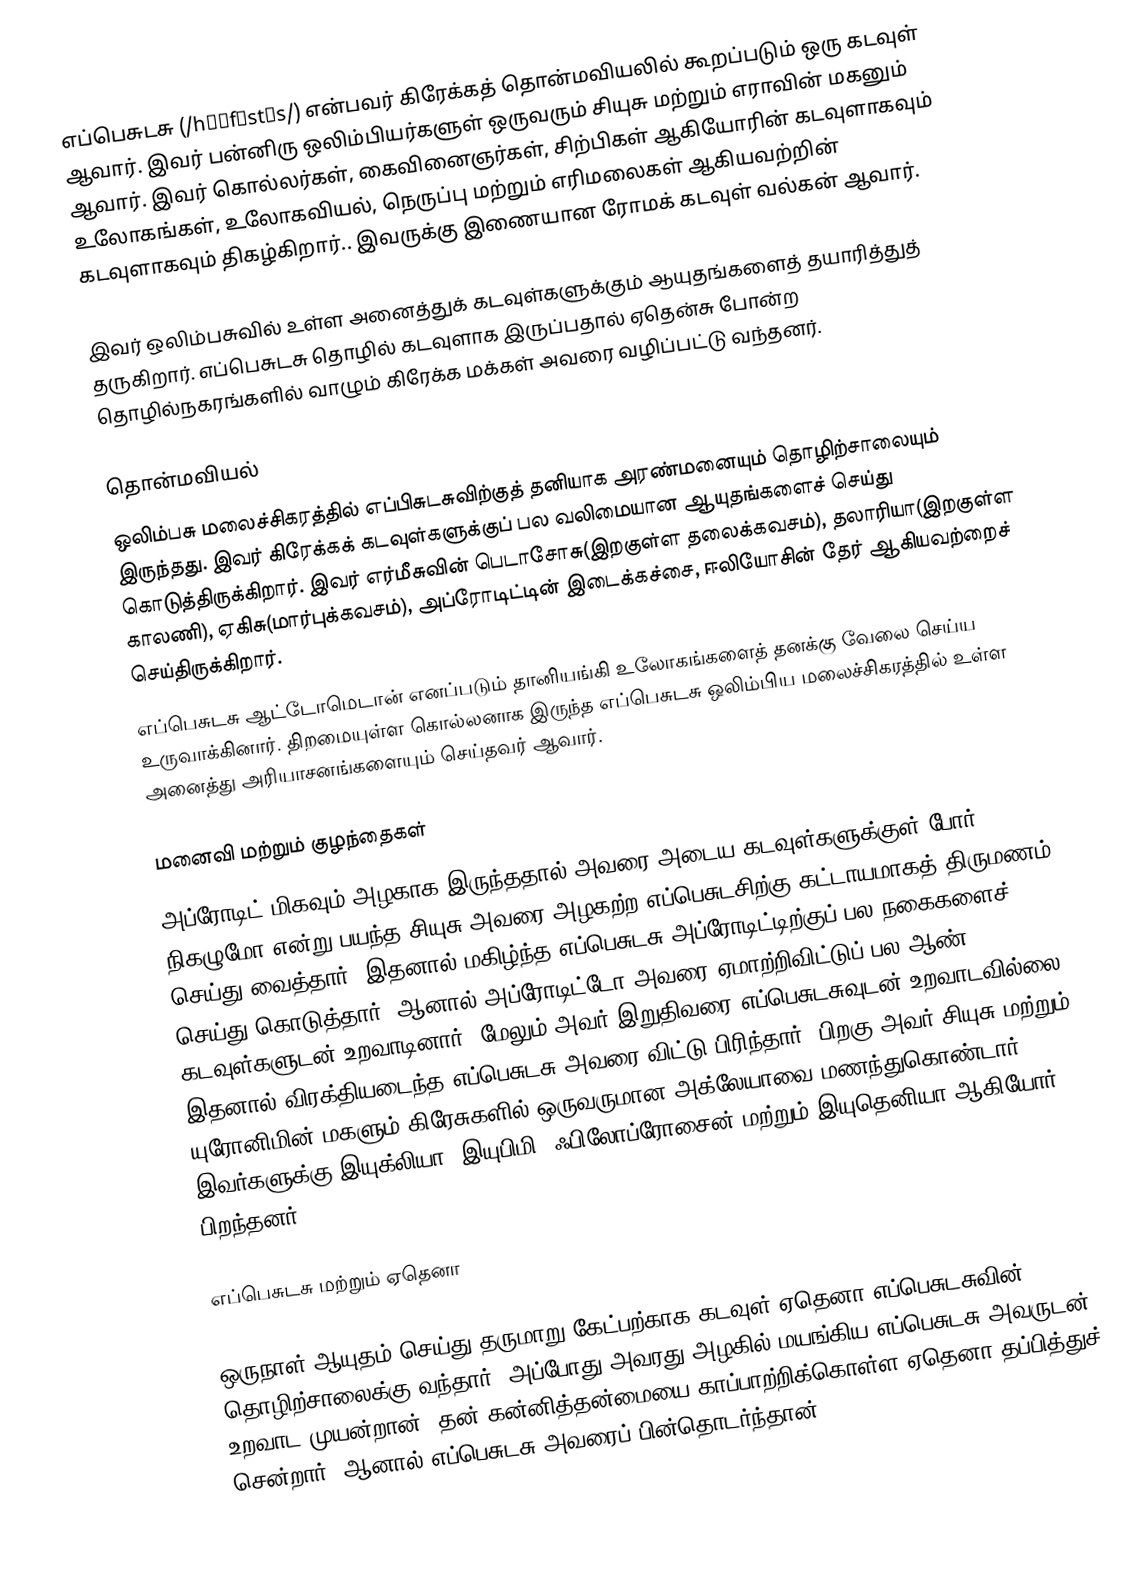
எப்பெசுடசு (/hɪˈfεstəs/) என்பவர் கிரேக்கத் தொன்மவியலில் கூறப்படும் ஒரு கடவுள் ஆவார்.  இவர் பன்னிரு ஒலிம்பியர்களுள் ஒருவரும் சியுசு மற்றும் எராவின் மகனும் ஆவார். இவர் கொல்லர்கள், கைவினைஞர்கள், சிற்பிகள் ஆகியோரின் கடவுளாகவும் உலோகங்கள், உலோகவியல், நெருப்பு மற்றும் எரிமலைகள் ஆகியவற்றின் கடவுளாகவும் திகழ்கிறார்.. இவருக்கு இணையான ரோமக் கடவுள் வல்கன் ஆவார்.

இவர் ஒலிம்பசுவில் உள்ள அனைத்துக் கடவுள்களுக்கும் ஆயுதங்களைத் தயாரித்துத் தருகிறார். எப்பெசுடசு தொழில் கடவுளாக இருப்பதால்  ஏதென்சு போன்ற தொழில்நகரங்களில் வாழும் கிரேக்க மக்கள் அவரை வழிப்பட்டு வந்தனர்.

தொன்மவியல்
ஒலிம்பசு மலைச்சிகரத்தில் எப்பிசுடசுவிற்குத் தனியாக அரண்மனையும் தொழிற்சாலையும் இருந்தது. இவர் கிரேக்கக் கடவுள்களுக்குப் பல வலிமையான ஆயுதங்களைச் செய்து கொடுத்திருக்கிறார். இவர் எர்மீசுவின் பெடாசோசு(இறகுள்ள தலைக்கவசம்), தலாரியா(இறகுள்ள காலணி), ஏகிசு(மார்புக்கவசம்), அப்ரோடிட்டின் இடைக்கச்சை, ஈலியோசின் தேர் ஆகியவற்றைச் செய்திருக்கிறார்.
எப்பெசுடசு ஆட்டோமெடான் எனப்படும் தானியங்கி உலோகங்களைத் தனக்கு வேலை செய்ய உருவாக்கினார். திறமையுள்ள கொல்லனாக இருந்த எப்பெசுடசு ஒலிம்பிய மலைச்சிகரத்தில் உள்ள அனைத்து அரியாசனங்களையும் செய்தவர் ஆவார்.

மனைவி மற்றும் குழந்தைகள்
அப்ரோடிட் மிகவும் அழகாக இருந்ததால் அவரை அடைய கடவுள்களுக்குள் போர் நிகழுமோ என்று பயந்த சியுசு அவரை அழகற்ற எப்பெசுடசிற்கு கட்டாயமாகத் திருமணம் செய்து வைத்தார். இதனால் மகிழ்ந்த எப்பெசுடசு அப்ரோடிட்டிற்குப் பல நகைகளைச் செய்து கொடுத்தார். ஆனால் அப்ரோடிட்டோ அவரை ஏமாற்றிவிட்டுப் பல ஆண் கடவுள்களுடன் உறவாடினார். மேலும் அவர் இறுதிவரை எப்பெசுடசுவுடன் உறவாடவில்லை. இதனால் விரக்தியடைந்த எப்பெசுடசு அவரை விட்டு பிரிந்தார். பிறகு அவர் சியுசு மற்றும் யுரோனிமின் மகளும் கிரேசுகளில் ஒருவருமான அக்லேயாவை மணந்துகொண்டார். இவர்களுக்கு இயுக்லியா, இயுபிமி, ஃபிலோப்ரோசைன் மற்றும் இயுதெனியா ஆகியோர் பிறந்தனர்.

எப்பெசுடசு மற்றும் ஏதெனா

ஒருநாள் ஆயுதம் செய்து தருமாறு கேட்பற்காக கடவுள் ஏதெனா எப்பெசுடசுவின் தொழிற்சாலைக்கு வந்தார். அப்போது அவரது அழகில் மயங்கிய எப்பெசுடசு அவருடன் உறவாட முயன்றான். தன் கன்னித்தன்மையை காப்பாற்றிக்கொள்ள ஏதெனா தப்பித்துச் சென்றார். ஆனால் எப்பெசுடசு அவரைப் பின்தொடர்ந்தான்